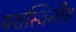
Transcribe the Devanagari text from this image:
यशस्विनी॥